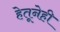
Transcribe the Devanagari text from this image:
हेतूनेही